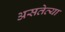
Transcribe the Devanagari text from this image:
असतेत्या